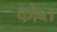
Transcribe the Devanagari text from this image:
कोब्त